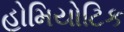
હોમિયોટિક